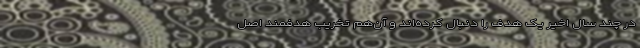
در چند سال اخیر یک هدف را دنبال کرده‌اند و آن‌هم تخریب هدفمند اصل